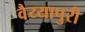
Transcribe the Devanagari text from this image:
वैय्यापुरी